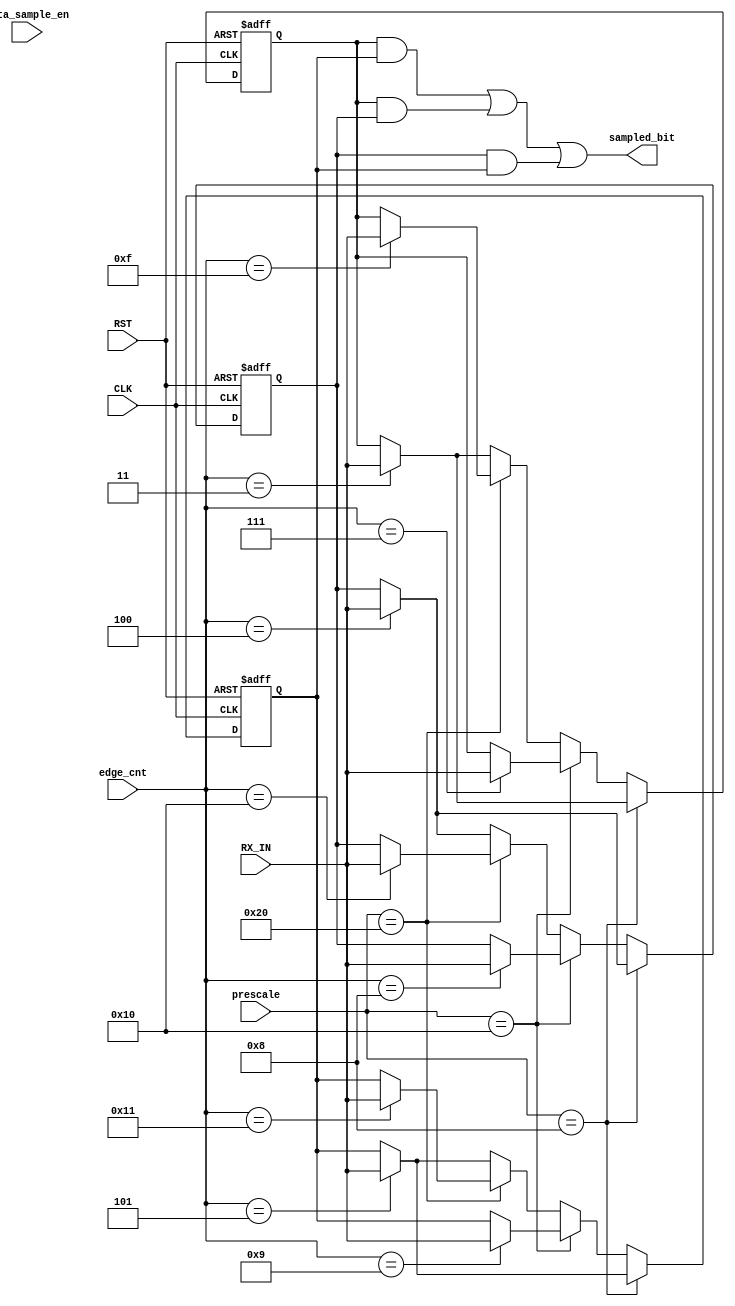
module data_sampling (
    input   wire            data_sample_en,
    input   wire            RX_IN,
    input   wire    [4:0]   edge_cnt,
    input   wire    [5:0]   prescale,
    input   wire            CLK,
    input   wire            RST,

    output  reg             sampled_bit
);
    
    reg     A, B, C;


//  A, B, C logic
    always @(posedge CLK, negedge RST) begin
        if(!RST)
            begin
                A   <= 1'b0;
                B   <= 1'b0;
                C   <= 1'b0;
            end
        else
            begin
                if(data_sample_en)
                    A   <=      A;
                    B   <=      B;
                    C   <=      C;
                    if (prescale == 6'd8) begin //take 3rd, 4th and 5th bit   
                        case (edge_cnt)
                            5'd3:   A <= RX_IN;
                            5'd4:   B <= RX_IN;
                            5'd5:   C <= RX_IN;
                            default: begin
                                A   <=      A;
                                B   <=      B;
                                C   <=      C;
                            end 
                        endcase
                    end else if (prescale == 6'd16) begin
                        case (edge_cnt)
                            5'd7:   A <= RX_IN;
                            5'd8:   B <= RX_IN;
                            5'd9:   C <= RX_IN;
                            default: begin
                                A   <=      A;
                                B   <=      B;
                                C   <=      C;
                            end 
                        endcase
                    end else if (prescale == 6'd32) begin
                        case (edge_cnt)
                            5'd15:   A <= RX_IN;
                            5'd16:   B <= RX_IN;
                            5'd17:   C <= RX_IN;
                            default: begin
                                A   <=      A;
                                B   <=      B;
                                C   <=      C;
                            end 
                        endcase
                    end else    begin
                        case (edge_cnt)
                            5'd3:   A <= RX_IN;
                            5'd4:   B <= RX_IN;
                            5'd5:   C <= RX_IN;
                            default: begin
                                A   <=      A;
                                B   <=      B;
                                C   <=      C;
                            end 
                        endcase
                    end 
            end
    end

// sampled bit logic
    always @(*) begin
        sampled_bit = A&C | A&B | B&C;
    end


endmodule